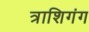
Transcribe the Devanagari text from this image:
त्राशिगंग